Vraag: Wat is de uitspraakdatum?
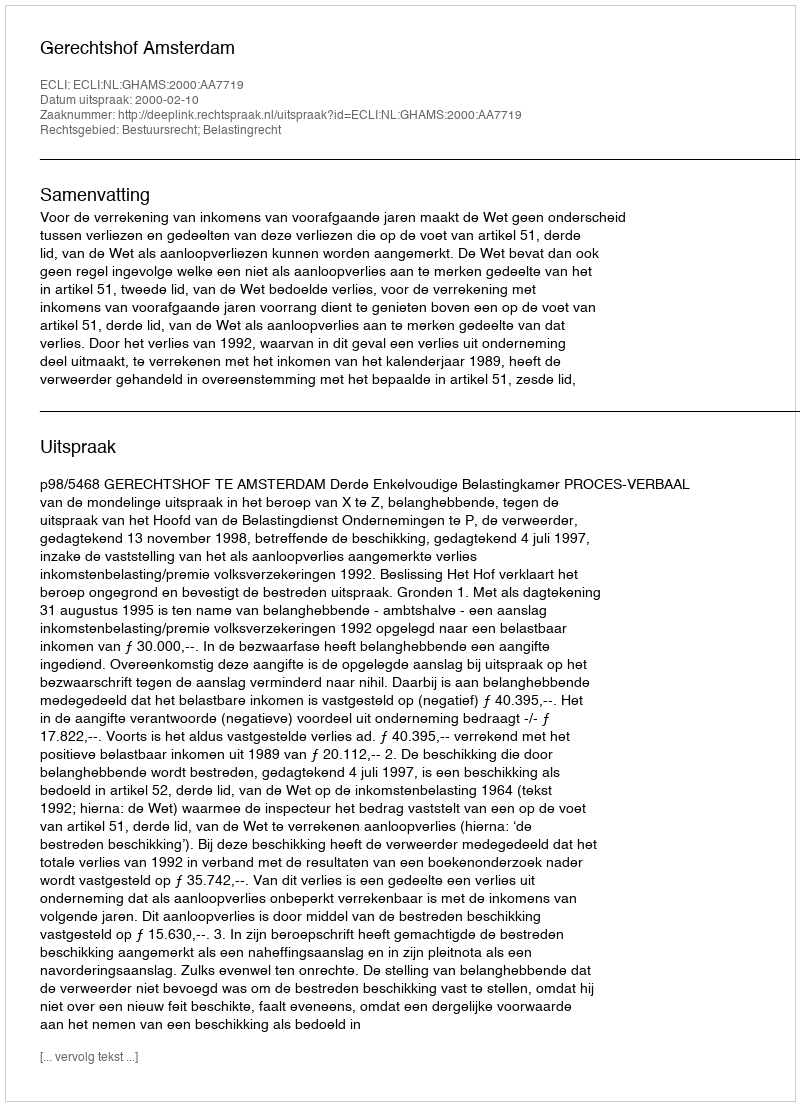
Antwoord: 2000-02-10